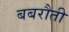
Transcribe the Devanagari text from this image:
बबरौती